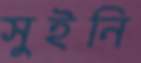
সুইনি